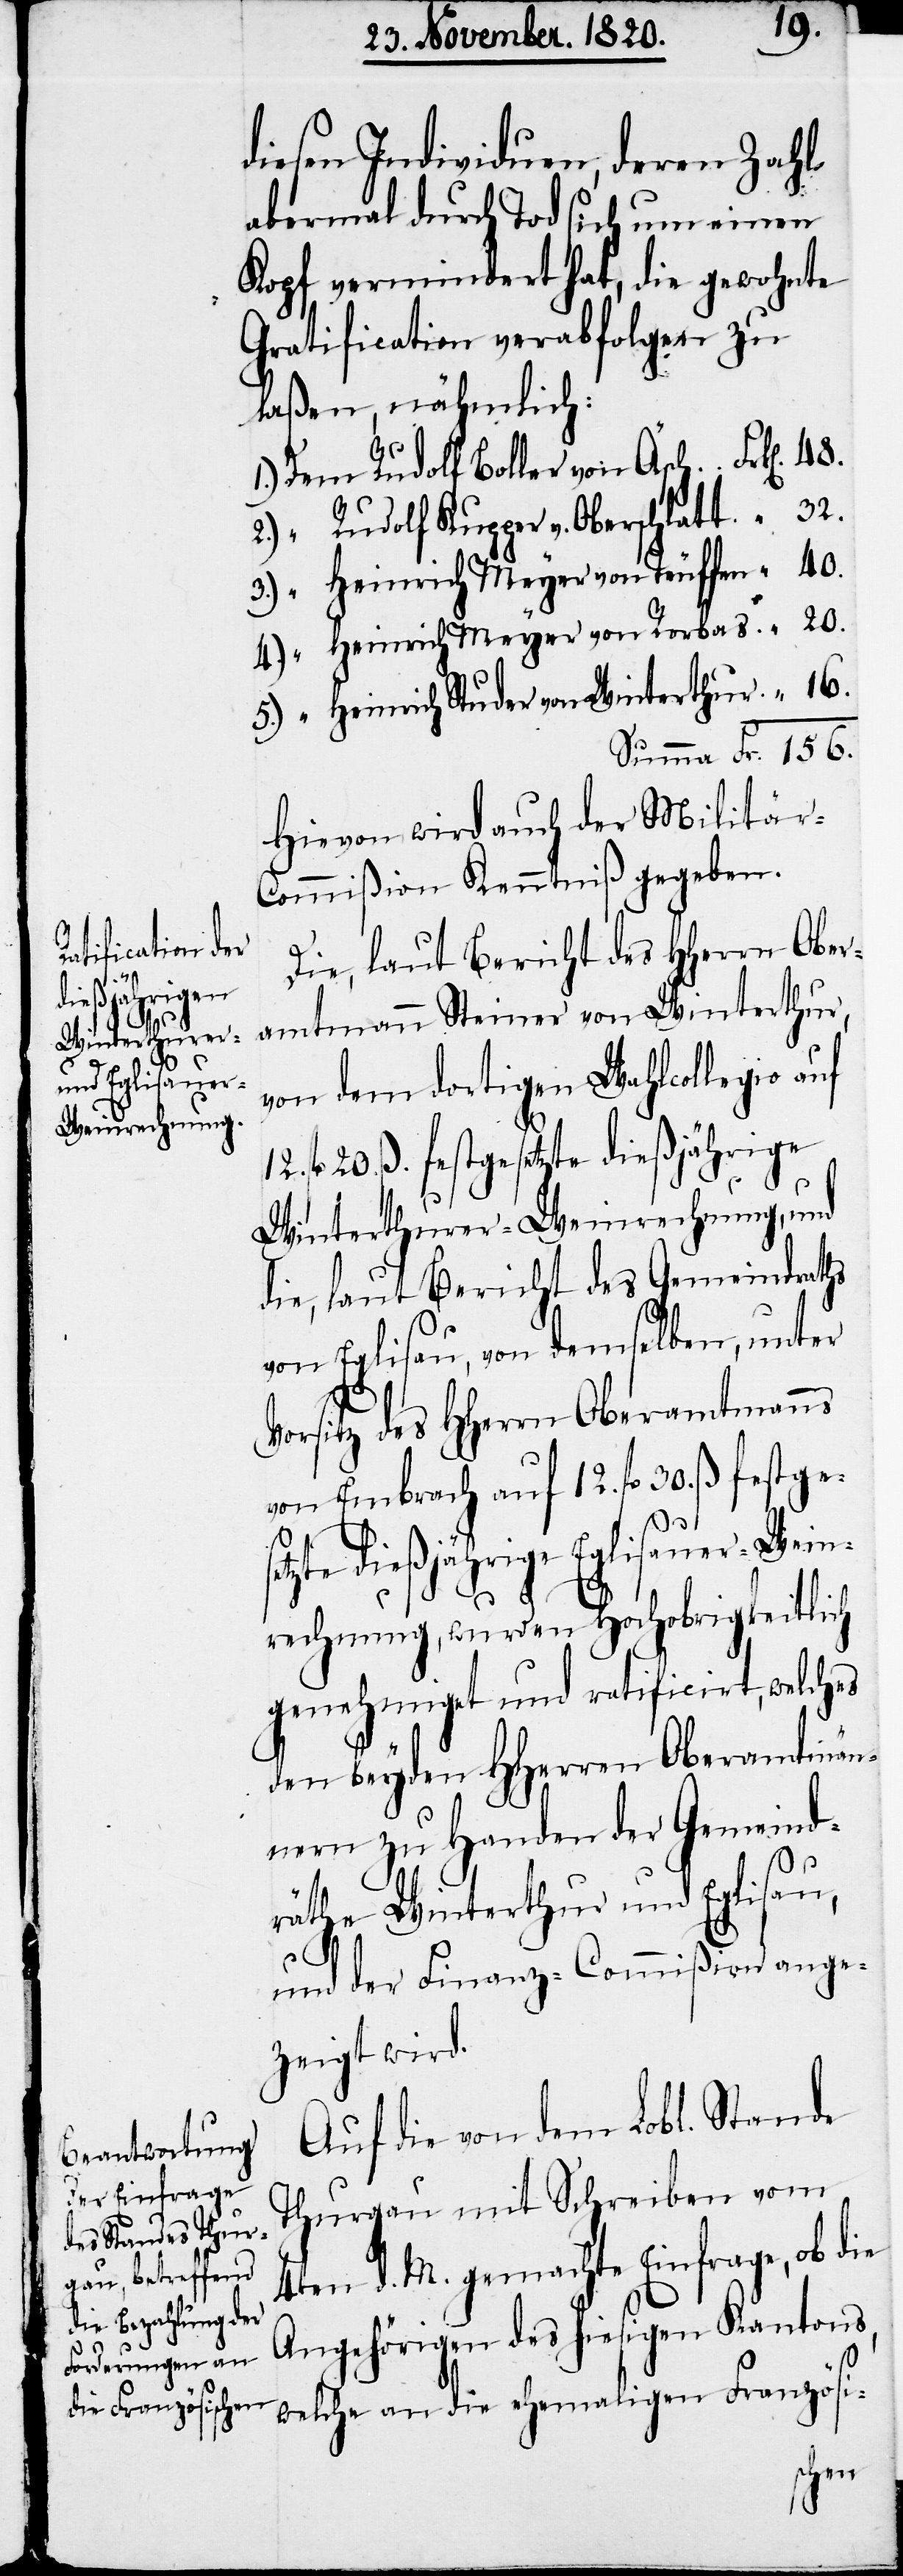
5.)
12.

diesen Individuen, deren Zahl
abermal durch Tod sich um einen
Kopf vermindert hat, die gewohnte
Gratification verabfolgen zu
laßen, nähmlich:
Heinrich Meyer von Teuffen
Heinrich Meyer von Rorbas
Heinrich Studer von Winterthur
Hievon wird auch der Militär-C¬
ommißion Kenntniß gegeben.
Die, laut Bericht des HHerrn Ober¬
amtmann Steiner von Winterthur,
von dem dortigen Wahlcollegio auf
fl. 20. ß. festgesetzte dießjährige
Winterthurer-Weinrechnung, und
die, laut Bericht des Gemeindraths
von Eglisau, von demselben, unter
Vorsitz des HHerrn Oberamtmanns
von Embrach auf 12. fl. 30. ß festge¬
se¬
“
tzte dießjährige Eglisauer-Wein¬
rechnung, wurden Hochobrigkeitlich
genehmiget und ratificirt, welches
den beyden HHerren Oberamtmän¬
nern zu Handen der Gemeind¬
räthe Winterthur und Eglisau,
156.
und der Finanz-Commißion ange¬
zeigt wird.
Auf die von dem Lobl. Stande
Thurgau mit Schreiben vom
4ten d. M. gemachte Einfrage, ob die
Angehörigen des hiesigen Kantons,
welche an die ehemaligen Französi-